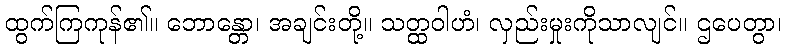
ထွက်ကြကုန်၏။ ဘောန္တော၊ အချင်းတို့။ သတ္ထဝါဟံ၊ လှည်းမှုးကိုသာလျင်။ ဌပေတွာ၊